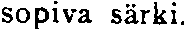
sopiva särki.